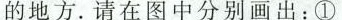
的地方。请在图中分别画出：①